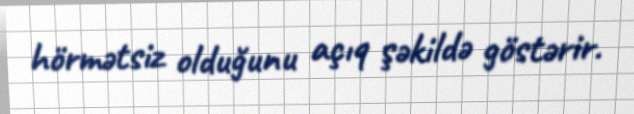
hörmətsiz olduğunu açıq şəkildə göstərir.